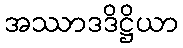
အဿာဒဒိဋ္ဌိယာ